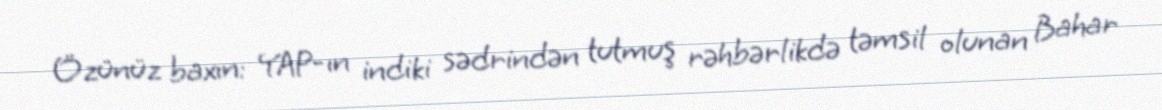
Özünüz baxın: YAP-ın indiki sədrindən tutmuş rəhbərlikdə təmsil olunan Bahar